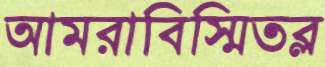
আমরাবিস্মিতব্ল